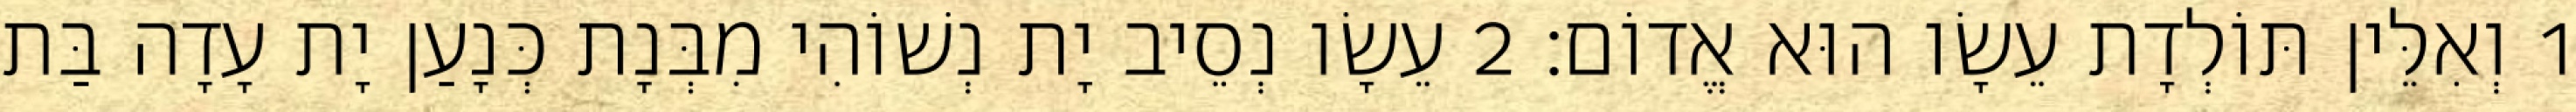
1 וְאִלֵּין תּוֹלְדָת עֵשָׂו הוּא אֱדוֹם׃ 2 עֵשָׂו נְסֵיב יָת נְשׁוֹהִי מִבְּנָת כְּנָעַן יָת עָדָה בַּת